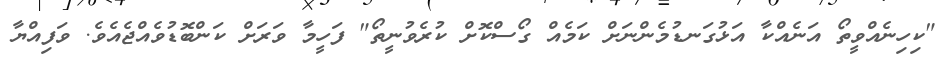
"ކިހިނެއްވީތޯ އަނެއްކާ އަޅުގަނޑުމެންނަށް ކަމެއް ގޯސްކޮށް ކުރެވުނީތޯ" ފަހީމާ ވަރަށް ކަންބޮޑުވެއްޖެއެވެ. ވަފިއްޔާ